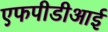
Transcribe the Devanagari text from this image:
एफपीडीआई